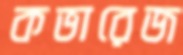
কভারেজ